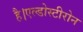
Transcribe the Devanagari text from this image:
है।एल्डोस्टीरोन